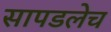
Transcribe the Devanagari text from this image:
सापडलेच